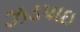
ઝડપાઇ